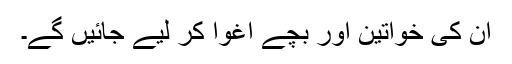
ان کی خواتین اور بچے اغوا کر لیے جائیں گے۔